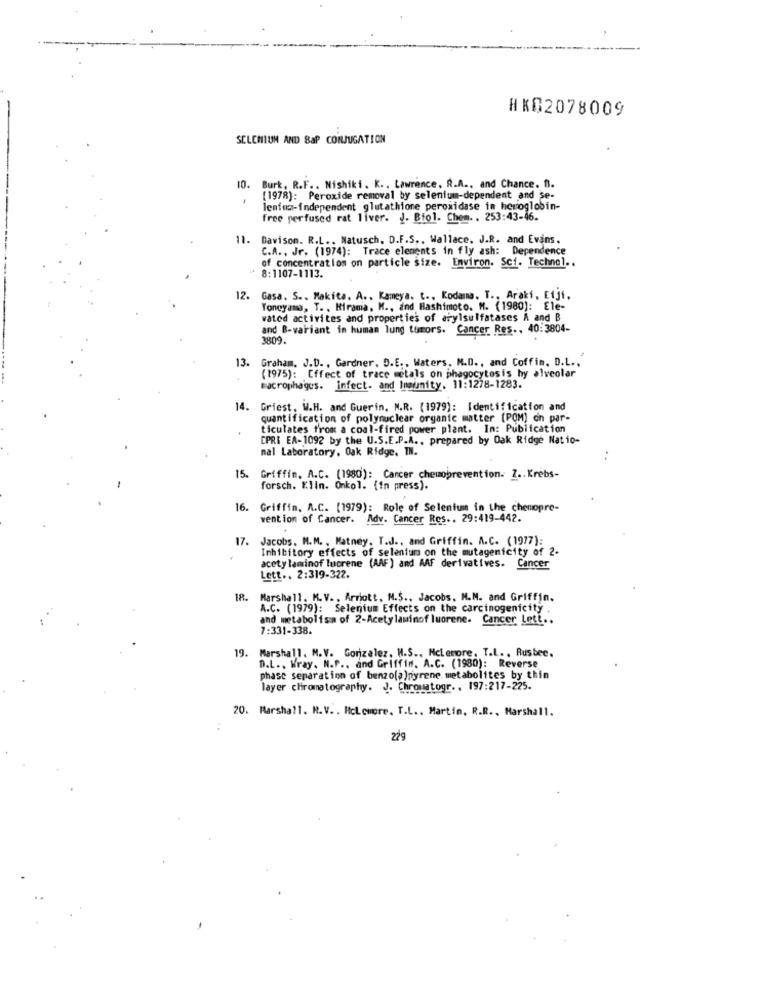
HK02078009
SELENIUM AND SaP CONJUGATION
10. Burk, R.F .. Nishiki. K .. Lawrence. R.A ., and Chance. B.
[1978): Peroxide removal by selenium-dependent and se-
lenfec-independent glutathione peroxidase in hemoglobin-
free perfused rat liver. J. Biol. Chem. . 253:43-46.
11. Davison. R.L .. Natusch, D.F.S ., Wallace, J.R. and Evans.
C.A ., Jr. (1974): Trace elements in fly ash: Dependence
of concentration on particle size. Environ. Sci. Technol ..
8:1107-1113.
12. Gasa. S .. Makita. A .. Kameya. t ., Kodama. T ., Araki, Eiji,
Toneyama, T. , Mirama, M ., and Hashimoto. M. (1980): Ele-
wated activites and properties of arylsulfatases A and B
and B-variant in human lung tumors. Cancer Res ., 40:3804-
3809.
13.
Graham. J.D. , Gardner, D.E ., Waters, M.D ., and Coffin. D.L ..
(1975): Effect of trace metals on phagocytosis hy alveolar
macrophagus. infect. and Inaunity. 11:1278-1283.
14.
Griest, W.H. and Guerin. N.R. (1979): Identification and
quantification of polynuclear organic matter (POM) on par-
ticulates from a coal-fired power plant. In: Publication
[PRE EA-1092 by the U.S.E.P.A ., prepared by Oak Ridge Natio-
mal Laboratory, Oak Ridge, TN.
..
15.
Griffin, A.C. (1980): Cancer chemoprevention. 2 .. Krebs-
forsch. Klin. Onkol. (in press).
16. Griffin. A.C. [1979): Role of Selenium in the chemopre-
vention of Cancer. Adv. Cancer Res .. 29:419-442.
17.
Jacobs, M.M. , Matney, T.J ., and Griffin. A.C. (1977):
Inhibitory effects of selenium on the mutagenicity of 2-
acety laminof lucrene (AAF ) and AAF derivatives. Cancer
Lett .. 2:319-322.
18.
Marshall. K.V. , Arriott. M.S ., Jacobs, M.M. and Griffin.
A.C. (1979): Selenium Effects on the carcinogenicity .
and metabolism of 2-Acety laminof luorene. Cancer Lett ..
7:331-338.
19. Marshall. M.V. Gonzalez, W.S ., Mclemore, T.L. , Rusbee.
D.L ., Wray. N.P .. and Griffin. A.C. (1980): Reverse
phase separation of benzo(a)pyrene metabolites by thin
layer chromatography. J. Chromatogr. , 197:217-225.
20. Marshall. M.V .. Hclcmore. T.L ., Martin, R.R ., Marshall.
..
229